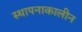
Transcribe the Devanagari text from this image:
स्थापनाकालीन